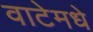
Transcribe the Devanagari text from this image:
वाटेमधे